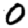
Digit: 0